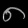
Digit: ၈